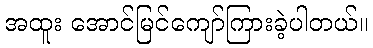
အထူး အောင်မြင်ကျော်ကြားခဲ့ပါတယ်။